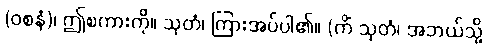
(ဝစနံ)၊ ဤစကားကို။ သုတံ၊ ကြားအပ်ပါ၏။ (ကိံ သုတံ၊ အဘယ်သို့